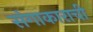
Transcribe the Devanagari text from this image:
संगाकाराची